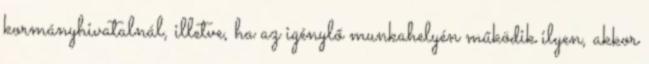
kormányhivatalnál, illetve, ha az igénylő munkahelyén működik ilyen, akkor